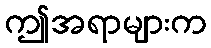
ဤအရာများက